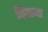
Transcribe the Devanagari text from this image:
दिलया